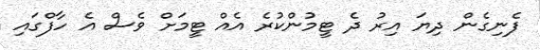
ފެނިގެން ދިޔަ އިރު ދެ ޓީމުންކުރެ އެއް ޓީމަށް ވެސް އެ ހާފްގައި